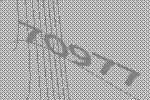
70977